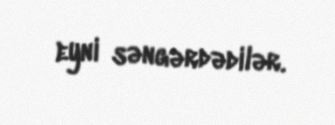
eyni səngərdədilər.